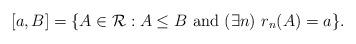
LaTeX: \begin{align*}[a,B]=\{A\in\mathcal{R}:A\le B\mathrm{\ and\ }(\exists n)\ r_n(A)=a\}.\end{align*}